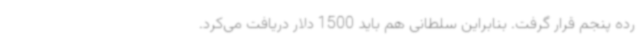
رده پنجم قرار گرفت. بنابراین سلطانی هم باید 1500 دلار دریافت می‌کرد.